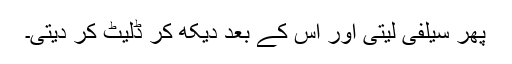
پھر سیلفی لیتی اور اس کے بعد دیکھ کر ڈلیٹ کر دیتی۔